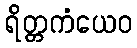
ရိတ္တကံယေဝ